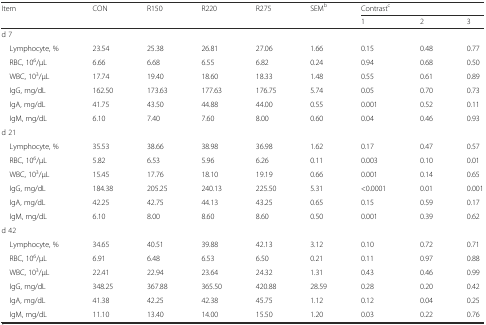
<table><thead><tr><td rowspan="2"><b>Item</b></td><td rowspan="2"><b>CON</b></td><td rowspan="2"><b>R150</b></td><td rowspan="2"><b>R220</b></td><td rowspan="2"><b>R275</b></td><td rowspan="2"><b>SEM<sup>b</sup></b></td><td colspan="3"><b>Contrast<sup>c</sup></b></td></tr><tr><td><b>1</b></td><td><b>2</b></td><td><b>3</b></td></tr></thead><tbody><tr><td>d 7</td><td></td><td></td><td></td><td></td><td></td><td></td><td></td><td></td></tr><tr><td> Lymphocyte, %</td><td>23.54</td><td>25.38</td><td>26.81</td><td>27.06</td><td>1.66</td><td>0.15</td><td>0.48</td><td>0.77</td></tr><tr><td> RBC, 10<sup>6</sup>/μL</td><td>6.66</td><td>6.68</td><td>6.55</td><td>6.82</td><td>0.24</td><td>0.94</td><td>0.68</td><td>0.50</td></tr><tr><td> WBC, 10<sup>3</sup>/μL</td><td>17.74</td><td>19.40</td><td>18.60</td><td>18.33</td><td>1.48</td><td>0.55</td><td>0.61</td><td>0.89</td></tr><tr><td> IgG, mg/dL</td><td>162.50</td><td>173.63</td><td>177.63</td><td>176.75</td><td>5.74</td><td>0.05</td><td>0.70</td><td>0.73</td></tr><tr><td> IgA, mg/dL</td><td>41.75</td><td>43.50</td><td>44.88</td><td>44.00</td><td>0.55</td><td>0.001</td><td>0.52</td><td>0.11</td></tr><tr><td> IgM, mg/dL</td><td>6.10</td><td>7.40</td><td>7.60</td><td>8.00</td><td>0.60</td><td>0.04</td><td>0.46</td><td>0.93</td></tr><tr><td>d 21</td><td></td><td></td><td></td><td></td><td></td><td></td><td></td><td></td></tr><tr><td> Lymphocyte, %</td><td>35.53</td><td>38.66</td><td>38.98</td><td>36.98</td><td>1.62</td><td>0.17</td><td>0.47</td><td>0.57</td></tr><tr><td> RBC, 10<sup>6</sup>/μL</td><td>5.82</td><td>6.53</td><td>5.96</td><td>6.26</td><td>0.11</td><td>0.003</td><td>0.10</td><td>0.01</td></tr><tr><td> WBC, 10<sup>3</sup>/μL</td><td>15.45</td><td>17.76</td><td>18.10</td><td>19.19</td><td>0.66</td><td>0.001</td><td>0.14</td><td>0.65</td></tr><tr><td> IgG, mg/dL</td><td>184.38</td><td>205.25</td><td>240.13</td><td>225.50</td><td>5.31</td><td>&lt;0.0001</td><td>0.01</td><td>0.001</td></tr><tr><td> IgA, mg/dL</td><td>42.25</td><td>42.75</td><td>44.13</td><td>43.25</td><td>0.65</td><td>0.15</td><td>0.59</td><td>0.17</td></tr><tr><td> IgM, mg/dL</td><td>6.10</td><td>8.00</td><td>8.60</td><td>8.60</td><td>0.50</td><td>0.001</td><td>0.39</td><td>0.62</td></tr><tr><td>d 42</td><td></td><td></td><td></td><td></td><td></td><td></td><td></td><td></td></tr><tr><td> Lymphocyte, %</td><td>34.65</td><td>40.51</td><td>39.88</td><td>42.13</td><td>3.12</td><td>0.10</td><td>0.72</td><td>0.71</td></tr><tr><td> RBC, 10<sup>6</sup>/μL</td><td>6.91</td><td>6.48</td><td>6.53</td><td>6.50</td><td>0.21</td><td>0.11</td><td>0.97</td><td>0.88</td></tr><tr><td> WBC, 10<sup>3</sup>/μL</td><td>22.41</td><td>22.94</td><td>23.64</td><td>24.32</td><td>1.31</td><td>0.43</td><td>0.46</td><td>0.99</td></tr><tr><td> IgG, mg/dL</td><td>348.25</td><td>367.88</td><td>365.50</td><td>420.88</td><td>28.59</td><td>0.28</td><td>0.20</td><td>0.42</td></tr><tr><td> IgA, mg/dL</td><td>41.38</td><td>42.25</td><td>42.38</td><td>45.75</td><td>1.12</td><td>0.12</td><td>0.04</td><td>0.25</td></tr><tr><td> IgM, mg/dL</td><td>11.10</td><td>13.40</td><td>14.00</td><td>15.50</td><td>1.20</td><td>0.03</td><td>0.22</td><td>0.76</td></tr></tbody></table>